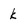
Character: k